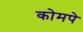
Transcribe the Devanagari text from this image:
कोमपे